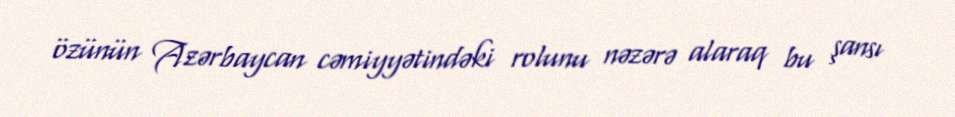
özünün Azərbaycan cəmiyyətindəki rolunu nəzərə alaraq bu şansı